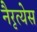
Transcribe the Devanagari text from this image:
नैरृत्येस